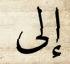
إلى